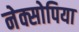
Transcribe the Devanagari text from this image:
नेक्सोपिया